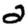
Digit: 2